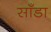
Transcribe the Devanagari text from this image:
साँडा